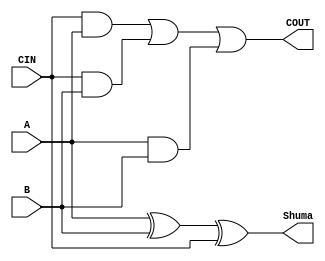
`timescale 1ns / 1ps
//////////////////////////////////////////////////////////////////////////////////
// Company: 
// Engineer: 
// 
// Design Name: 
// Module Name: Mbledhesi
// Project Name: 
// Target Devices: 
// Tool Versions: 
// Description: 
// 
// Dependencies: 
// 
// Revision:
// Revision 0.01 - File Created
// Additional Comments:
// 
//////////////////////////////////////////////////////////////////////////////////


module Mbledhesi(
  input A,
    input B,
    input CIN,
    output Shuma,
    output COUT
    );
    
    assign Shuma = A ^ B ^ CIN;
    assign COUT = (CIN & A) | (CIN & B) | (A & B);
endmodule